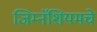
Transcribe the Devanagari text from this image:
जिम्नॅशियमचे